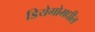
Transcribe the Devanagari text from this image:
डियेगोमधील